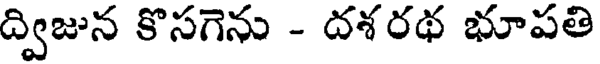
ద్విజున కొసగెను - దశరథ భూపతి